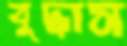
বুদ্ধাস